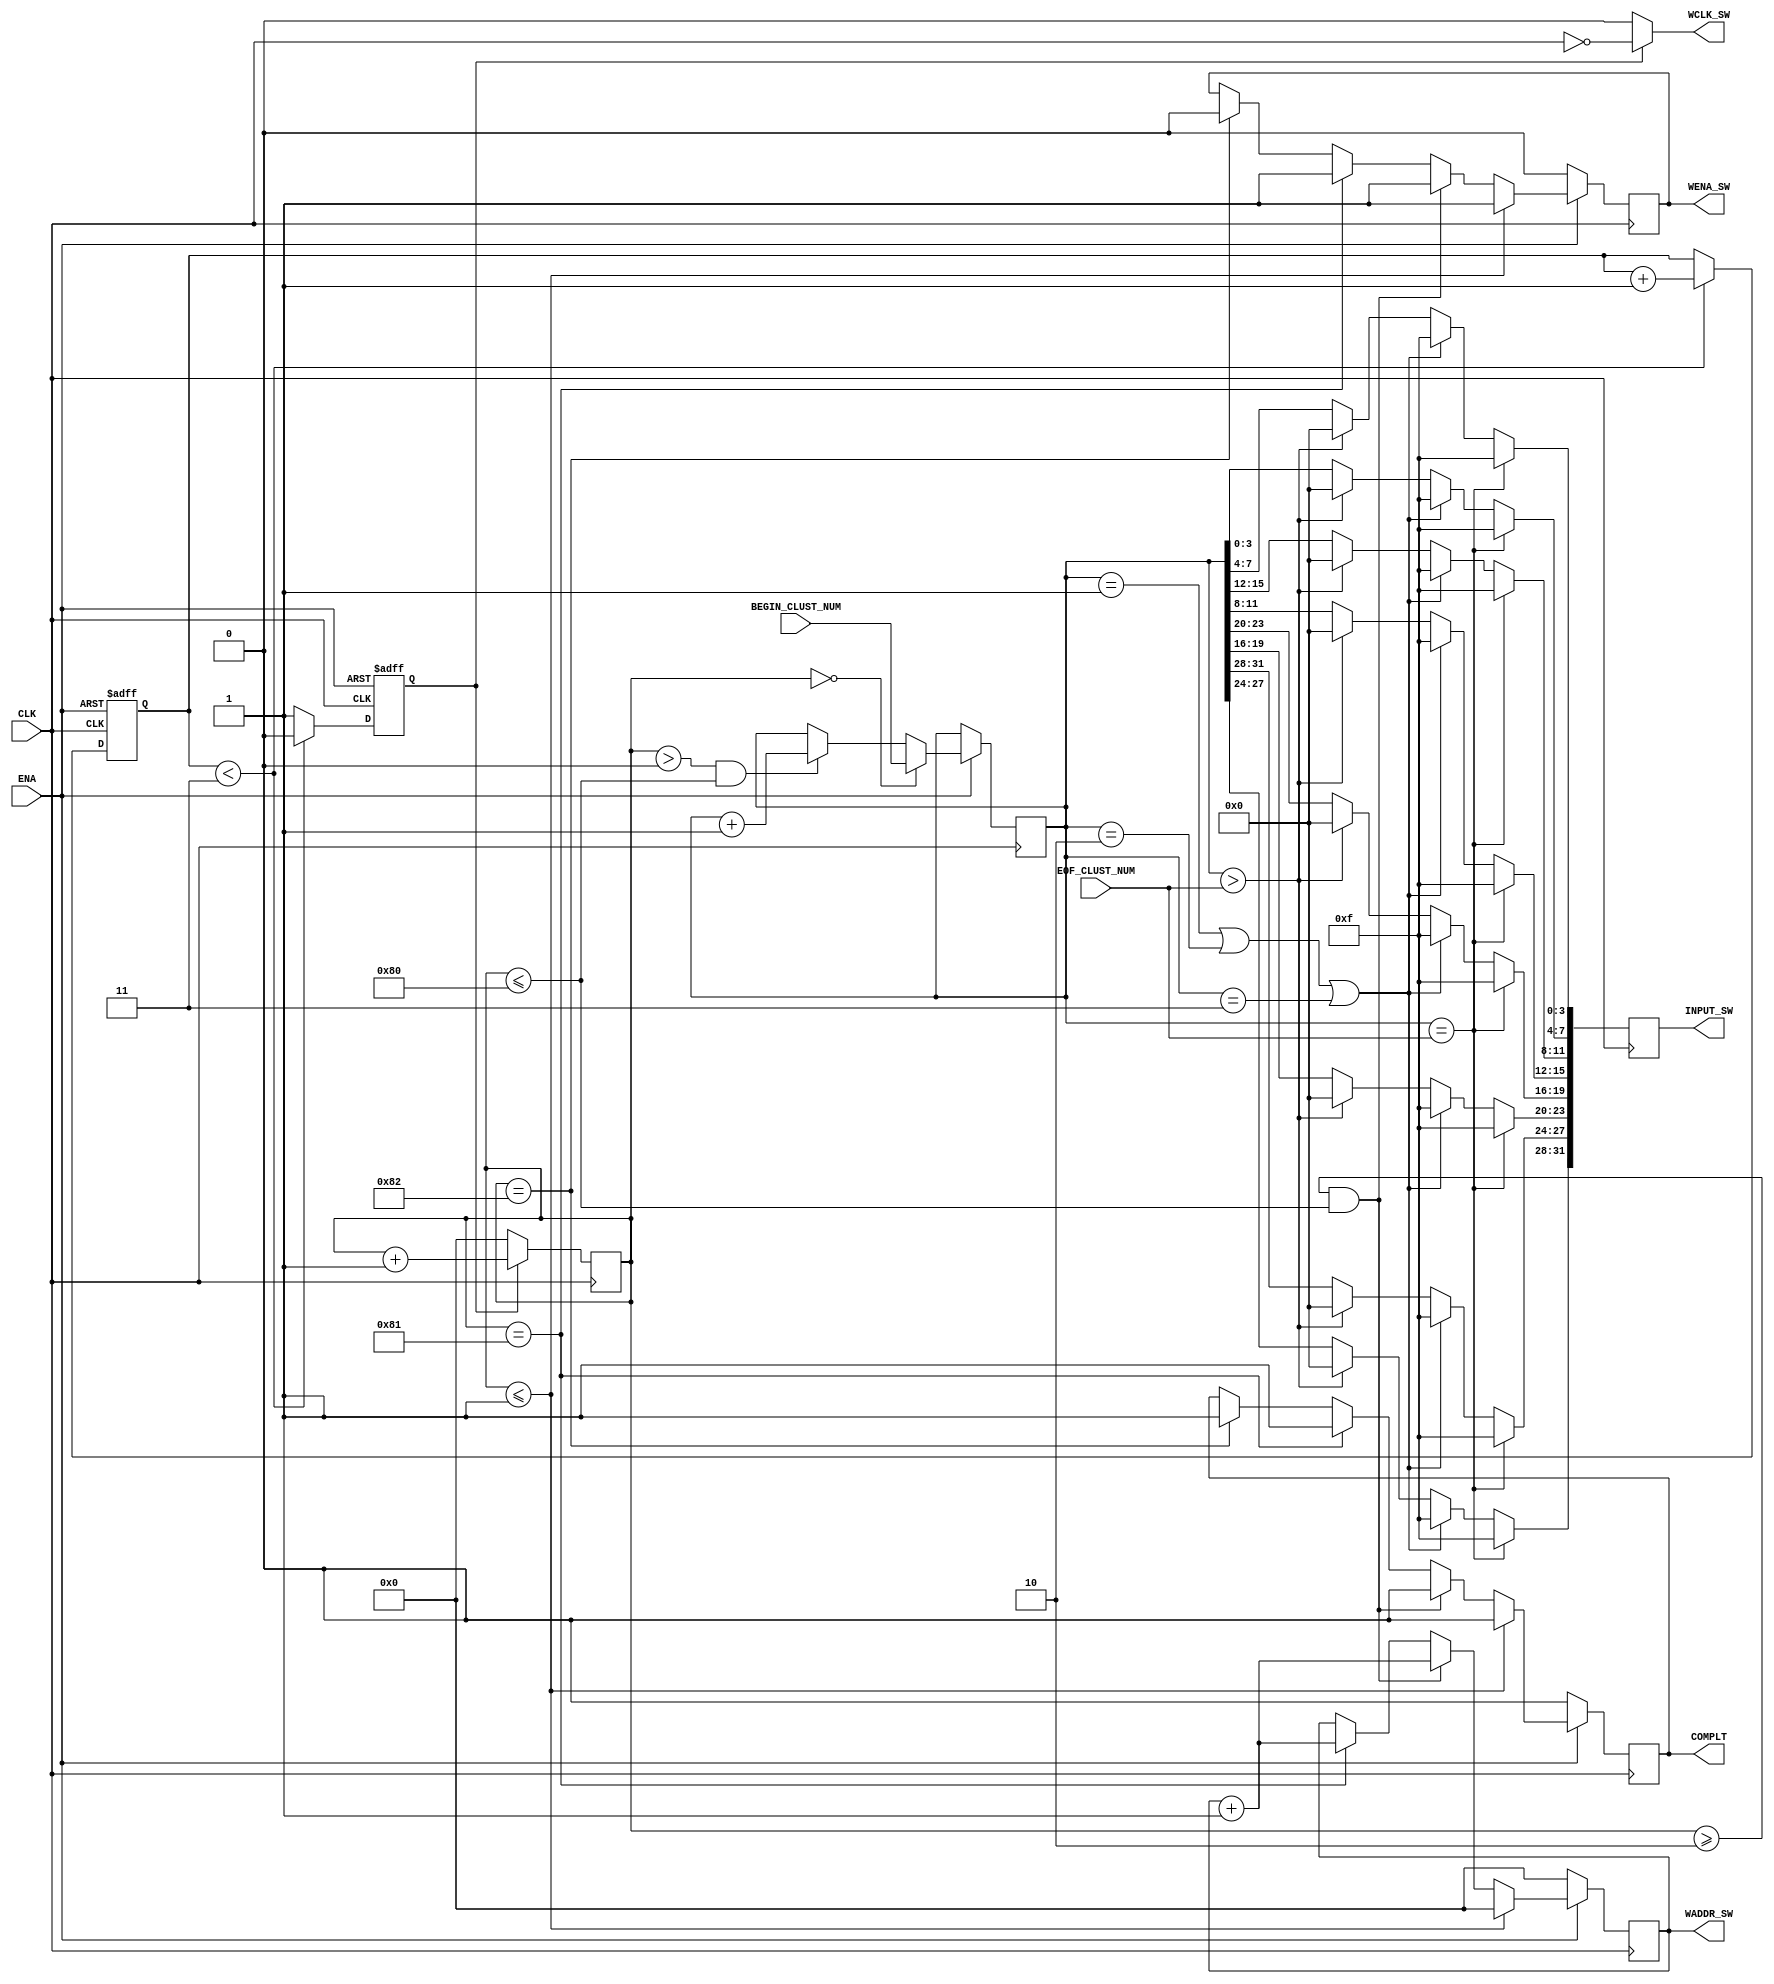
module sectorToWriteFATupdater(
CLK,
ENA,

WCLK_SW,
WENA_SW,
WADDR_SW,
INPUT_SW,

BEGIN_CLUST_NUM,
EOF_CLUST_NUM,

COMPLT);

input  wire CLK, ENA;

output wire       WCLK_SW;
output reg        WENA_SW;
output reg [7:0]  WADDR_SW;
output reg [31:0] INPUT_SW;

input wire [31:0] BEGIN_CLUST_NUM;
input wire [31:0] EOF_CLUST_NUM;

output reg COMPLT;  
reg ENA_COUNTER;

assign WCLK_SW = ENA_COUNTER ? ~CLK : 1'b0;

reg [7:0]  counterPos;
reg [7:0]  counterNeg;
reg [31:0] currentClusterNum;

localparam glitchTime = 3;
reg [3:0] muteCountersTimer;

always @ (negedge ENA or posedge CLK)
begin
	if(!ENA)
	begin
		muteCountersTimer <= 0;
		ENA_COUNTER <= 1'b0;
	end
	else
	begin
		if(muteCountersTimer < glitchTime)
		begin
			ENA_COUNTER <= 1'b0;
			muteCountersTimer <= muteCountersTimer + 1;
		end
		else
		begin
			muteCountersTimer <= muteCountersTimer;
			ENA_COUNTER <= 1'b1;
		end
	end
end

always @ (negedge CLK)
begin
	if(!ENA_COUNTER)
	begin
		counterNeg <= 8'd0;
	end
	else
	begin
		  counterNeg <= counterNeg + 8'd1;
	end
end

always @ (posedge CLK)
begin
	if(!ENA_COUNTER)
	begin
		counterPos <= 8'd0;
	end
	else
	begin
		  counterPos <= counterPos + 8'd1;
	end
end

always @ (posedge CLK)
begin
	if(currentClusterNum == EOF_CLUST_NUM)
	begin
		INPUT_SW <= 32'hFF_FF_FF_FF;
	end
	else if((currentClusterNum == 32'd1) || (currentClusterNum == 32'd2) || (currentClusterNum == 32'd3))
	begin
	  INPUT_SW <= 32'hFF_FF_FF_FF;
	end
	else if(currentClusterNum > EOF_CLUST_NUM)
	begin
		INPUT_SW <= 32'h00_00_00_00;
	end
	else
	begin
		INPUT_SW [31:28] <= currentClusterNum [27:24];
		INPUT_SW [27:24] <= currentClusterNum [31:28];
		INPUT_SW [23:20] <= currentClusterNum [19:16];
		INPUT_SW [19:16] <= currentClusterNum [23:20];
		INPUT_SW [15:12] <= currentClusterNum [11:8];
		INPUT_SW [11:8]  <= currentClusterNum [15:12];
		INPUT_SW [7:4]   <= currentClusterNum [3:0];
		INPUT_SW [3:0]   <= currentClusterNum [7:4];
	end
end

always @(posedge CLK)
begin
  if(ENA)
  begin
    if(counterNeg <= 8'd1)// 1
    begin
		COMPLT <= 1'b0;
		WENA_SW = 1'b1;
      WADDR_SW <= 8'd0;
    end
    else if((counterNeg >= 16'd2) && (counterNeg <= 16'd128))
    begin
	   COMPLT <= 1'b0;
		WENA_SW = 1'b1;
      WADDR_SW <= WADDR_SW + 8'd1;
    end
	 else if(counterNeg == 16'd129)//more 1
    begin
	   COMPLT <= 1'b1;
		WENA_SW = 1'b1;
      WADDR_SW <= WADDR_SW + 8'd1;
    end
	 else if(counterNeg == 16'd130)//more 1
    begin
	   COMPLT <= 1'b1;
		WENA_SW = 1'b0;
    end
    else
    begin
	   COMPLT <= COMPLT;
		WENA_SW = WENA_SW;
      WADDR_SW <= WADDR_SW;
    end
  end
  else
  begin
	   COMPLT <= 1'b0;
		WENA_SW = 1'b0;
      WADDR_SW <= 8'd0;
  end
end

always @(posedge CLK)
begin
  if(ENA)
  begin
    if(counterNeg == 10'd0)// 1
    begin
		  currentClusterNum <= BEGIN_CLUST_NUM;
    end
    else if((counterNeg > 10'd0) && (counterNeg <= 10'd128))
    begin
		    currentClusterNum <= currentClusterNum + 1;
    end
    else
    begin
	   currentClusterNum <= currentClusterNum;
    end
  end
  else
  begin
		currentClusterNum <= currentClusterNum;
  end
end


   
endmodule